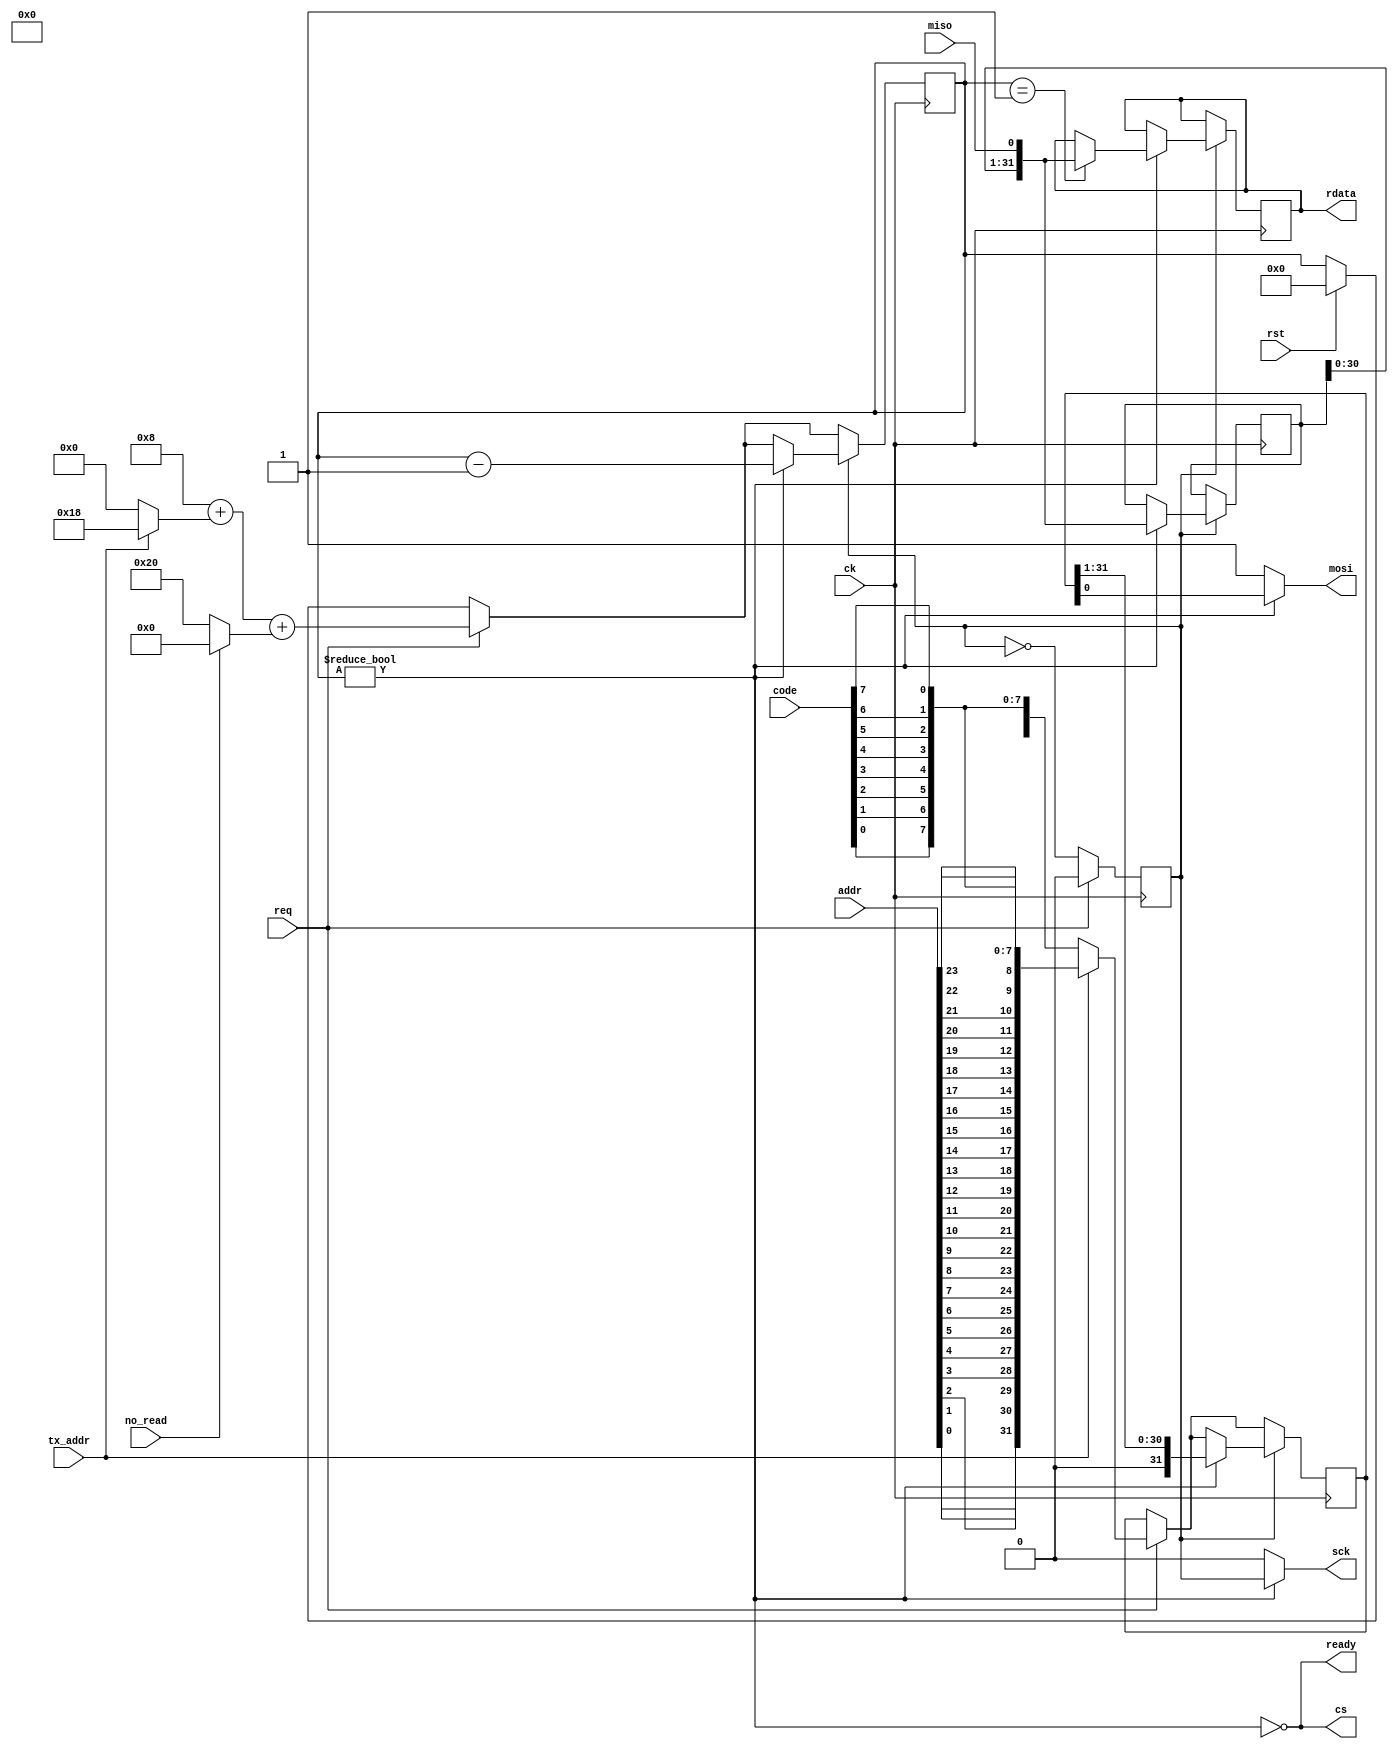

module spi_tx(
    input wire ck,
    input wire rst,
    output wire cs,
    output wire sck,
    output wire mosi,
    input wire miso,

    input wire [7:0] code,
    input wire [23:0] addr,
    input wire tx_addr,
    input wire no_read,
    input wire req,
    output reg [31:0] rdata,
    output wire ready
);

    initial begin
        rdata = 0;
    end

    reg [31:0] tx = 32'b0;
    reg [6:0] bit_count = 0;
    wire sending;
    assign sending = bit_count != 0;

    reg clock = 0;

    function [7:0] reverse(input [7:0] d);

        begin
            reverse = { d[0], d[1], d[2], d[3], d[4], d[5], d[6], d[7] };
        end

    endfunction

    /* verilator lint_off UNUSED */
    reg [31:0] rx = 32'b0;
    /* verilator lint_on UNUSED */

    always @(posedge ck) begin

        if (rst) begin
            bit_count <= 0;
        end

        clock <= !clock;

        if (req) begin
            if (tx_addr)
                tx <= { reverse(addr[7:0]), reverse(addr[15:8]), reverse(addr[23:16]), reverse(code) };
            else
                tx <= { 24'h0, reverse(code) };

            bit_count <= 8 + (tx_addr ? 24 : 0) + (no_read ? 0 : 32);

            clock <= 0;
        end

        if (clock) begin
            if (sending) begin

                if (bit_count == 1) begin
                    rdata <= { rx[30:0], miso };
                end

                bit_count <= bit_count - 1;
                tx <= { 1'b0, tx[31:1] };
                rx <= { rx[30:0], miso };

            end
        end
    end

    assign mosi  = sending ? tx[0] : 1;
    assign sck   = sending ? clock : 0;
    assign cs    = !sending;
    assign ready = !sending;

endmodule